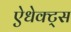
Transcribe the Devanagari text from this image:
ऐधेक्ट्स